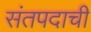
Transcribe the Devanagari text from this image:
संतपदाची